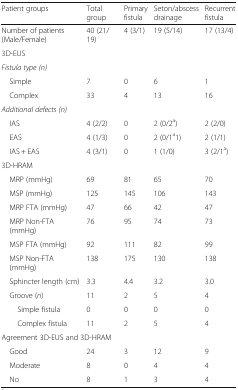
| Patient groups | Total group | Primary fistula | Seton/abscess drainage | Recurrent fistula |
 | --- | --- | --- | --- | --- |
 | Number of patients (Male/Female) | 40 (21/19) | 4 (3/1) | 19 (5/14) | 17 (13/4) |
 | <COLSPAN=5> 3D-EUS |
 | <COLSPAN=5> Fistula type (n) |
 | Simple | 7 | 0 | 6 | 1 |
 | Complex | 33 | 4 | 13 | 16 |
 | <COLSPAN=5> Additional defects (n) |
 | IAS | 4 (2/2) | 0 | 2 (0/2a) | 2 (2/0) |
 | EAS | 4 (1/3) | 0 | 2 (0/1a1) | 2 (1/1) |
 | IAS + EAS | 4 (3/1) | 0 | 1 (1/0) | 3 (2/1a) |
 | <COLSPAN=5> 3D-HRAM |
 | MRP (mmHg) | 69 | 81 | 65 | 70 |
 | MSP (mmHg) | 125 | 145 | 106 | 143 |
 | MRP FTA (mmHg) | 47 | 66 | 42 | 47 |
 | MRP Non-FTA (mmHg) | 76 | 95 | 74 | 73 |
 | MSP FTA (mmHg) | 92 | 111 | 82 | 99 |
 | MSP Non-FTA (mmHg) | 138 | 175 | 130 | 138 |
 | Sphincter length (cm) | 3.3 | 4.4 | 3.2 | 3.0 |
 | Groove (n) | 11 | 2 | 5 | 4 |
 | Simple fistula | 0 | 0 | 0 | 0 |
 | Complex fistula | 11 | 2 | 5 | 4 |
 | <COLSPAN=5> Agreement 3D-EUS and 3D-HRAM |
 | Good | 24 | 3 | 12 | 9 |
 | Moderate | 8 | 0 | 4 | 4 |
 | No | 8 | 1 | 3 | 4 |